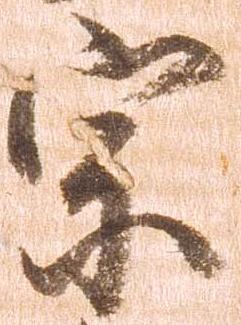
宗